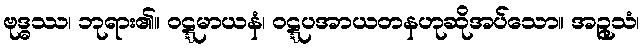
ဗုဒ္ဓဿ၊ ဘုရား၏။ ဝဋ္ဋမာယနံ၊ ဝဋ္ဋပအာယတနဟုဆိုအပ်သော။ အဉ္ဇုသံ၊